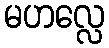
မဟလ္လေ